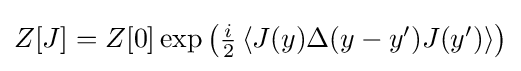
{\textstyle Z[J]=Z[0]\exp \left({\tfrac {i}{2}}\left\langle J(y)\Delta (y-y')J(y')\right\rangle \right)}